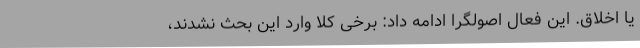
یا اخلاق. این فعال اصولگرا ادامه داد: برخی کلا وارد این بحث نشدند،